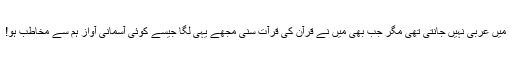
میں عربی نہیں جانتی تھی مگر جب بھی میں نے قرآن کی قرآت سنی مجھے یہی لگا جیسے کوئی آسمانی آواز ہم سے مخاطب ہو!